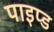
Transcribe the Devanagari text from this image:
पाइप्ड